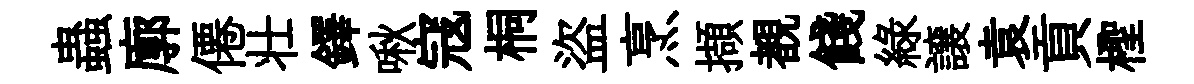
蟲廓僊壮鐸啾寇桐盜烹擷覩餞緑譲袁貢檉